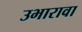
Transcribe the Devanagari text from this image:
उभारावा